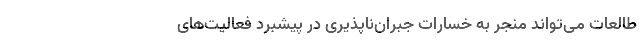
طالعات می‌تواند منجر به خسارات جبران‌ناپذیری در پیشبرد فعالیت‌های